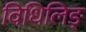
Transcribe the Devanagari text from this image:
विधिलिङ्